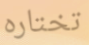
تختاره